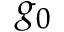
g _ { 0 }